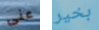
عنى بخير